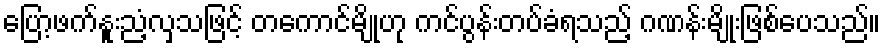
ပြော့ဖက်နူးညံ့လှသဖြင့် တကောင်မျိုဟု ကင်ပွန်းတပ်ခံရသည့် ဂဏန်းမျိုးဖြစ်ပေသည်။